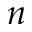
n